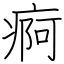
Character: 痾